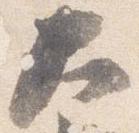
大